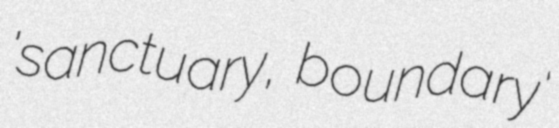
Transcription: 'sanctuary, boundary'